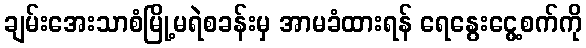
ချမ်းအေးသာစံမြို့မရဲစခန်းမှ အာမခံထားရန် ရေနွေးငွေ့စက်ကို